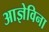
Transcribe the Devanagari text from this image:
आज्ञेविना